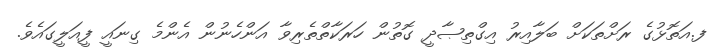
ފ.އަތޮޅުގެ ރަށްތަކަށް ބަލާއިރު އިގްތިޞާދީ ގޮތުން ހަރަކާތްތެރިވާ އަންހެނުން އެންމެ ގިނައީ ފީއަލީގައެވެ.